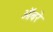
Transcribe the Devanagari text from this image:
ऑबरे